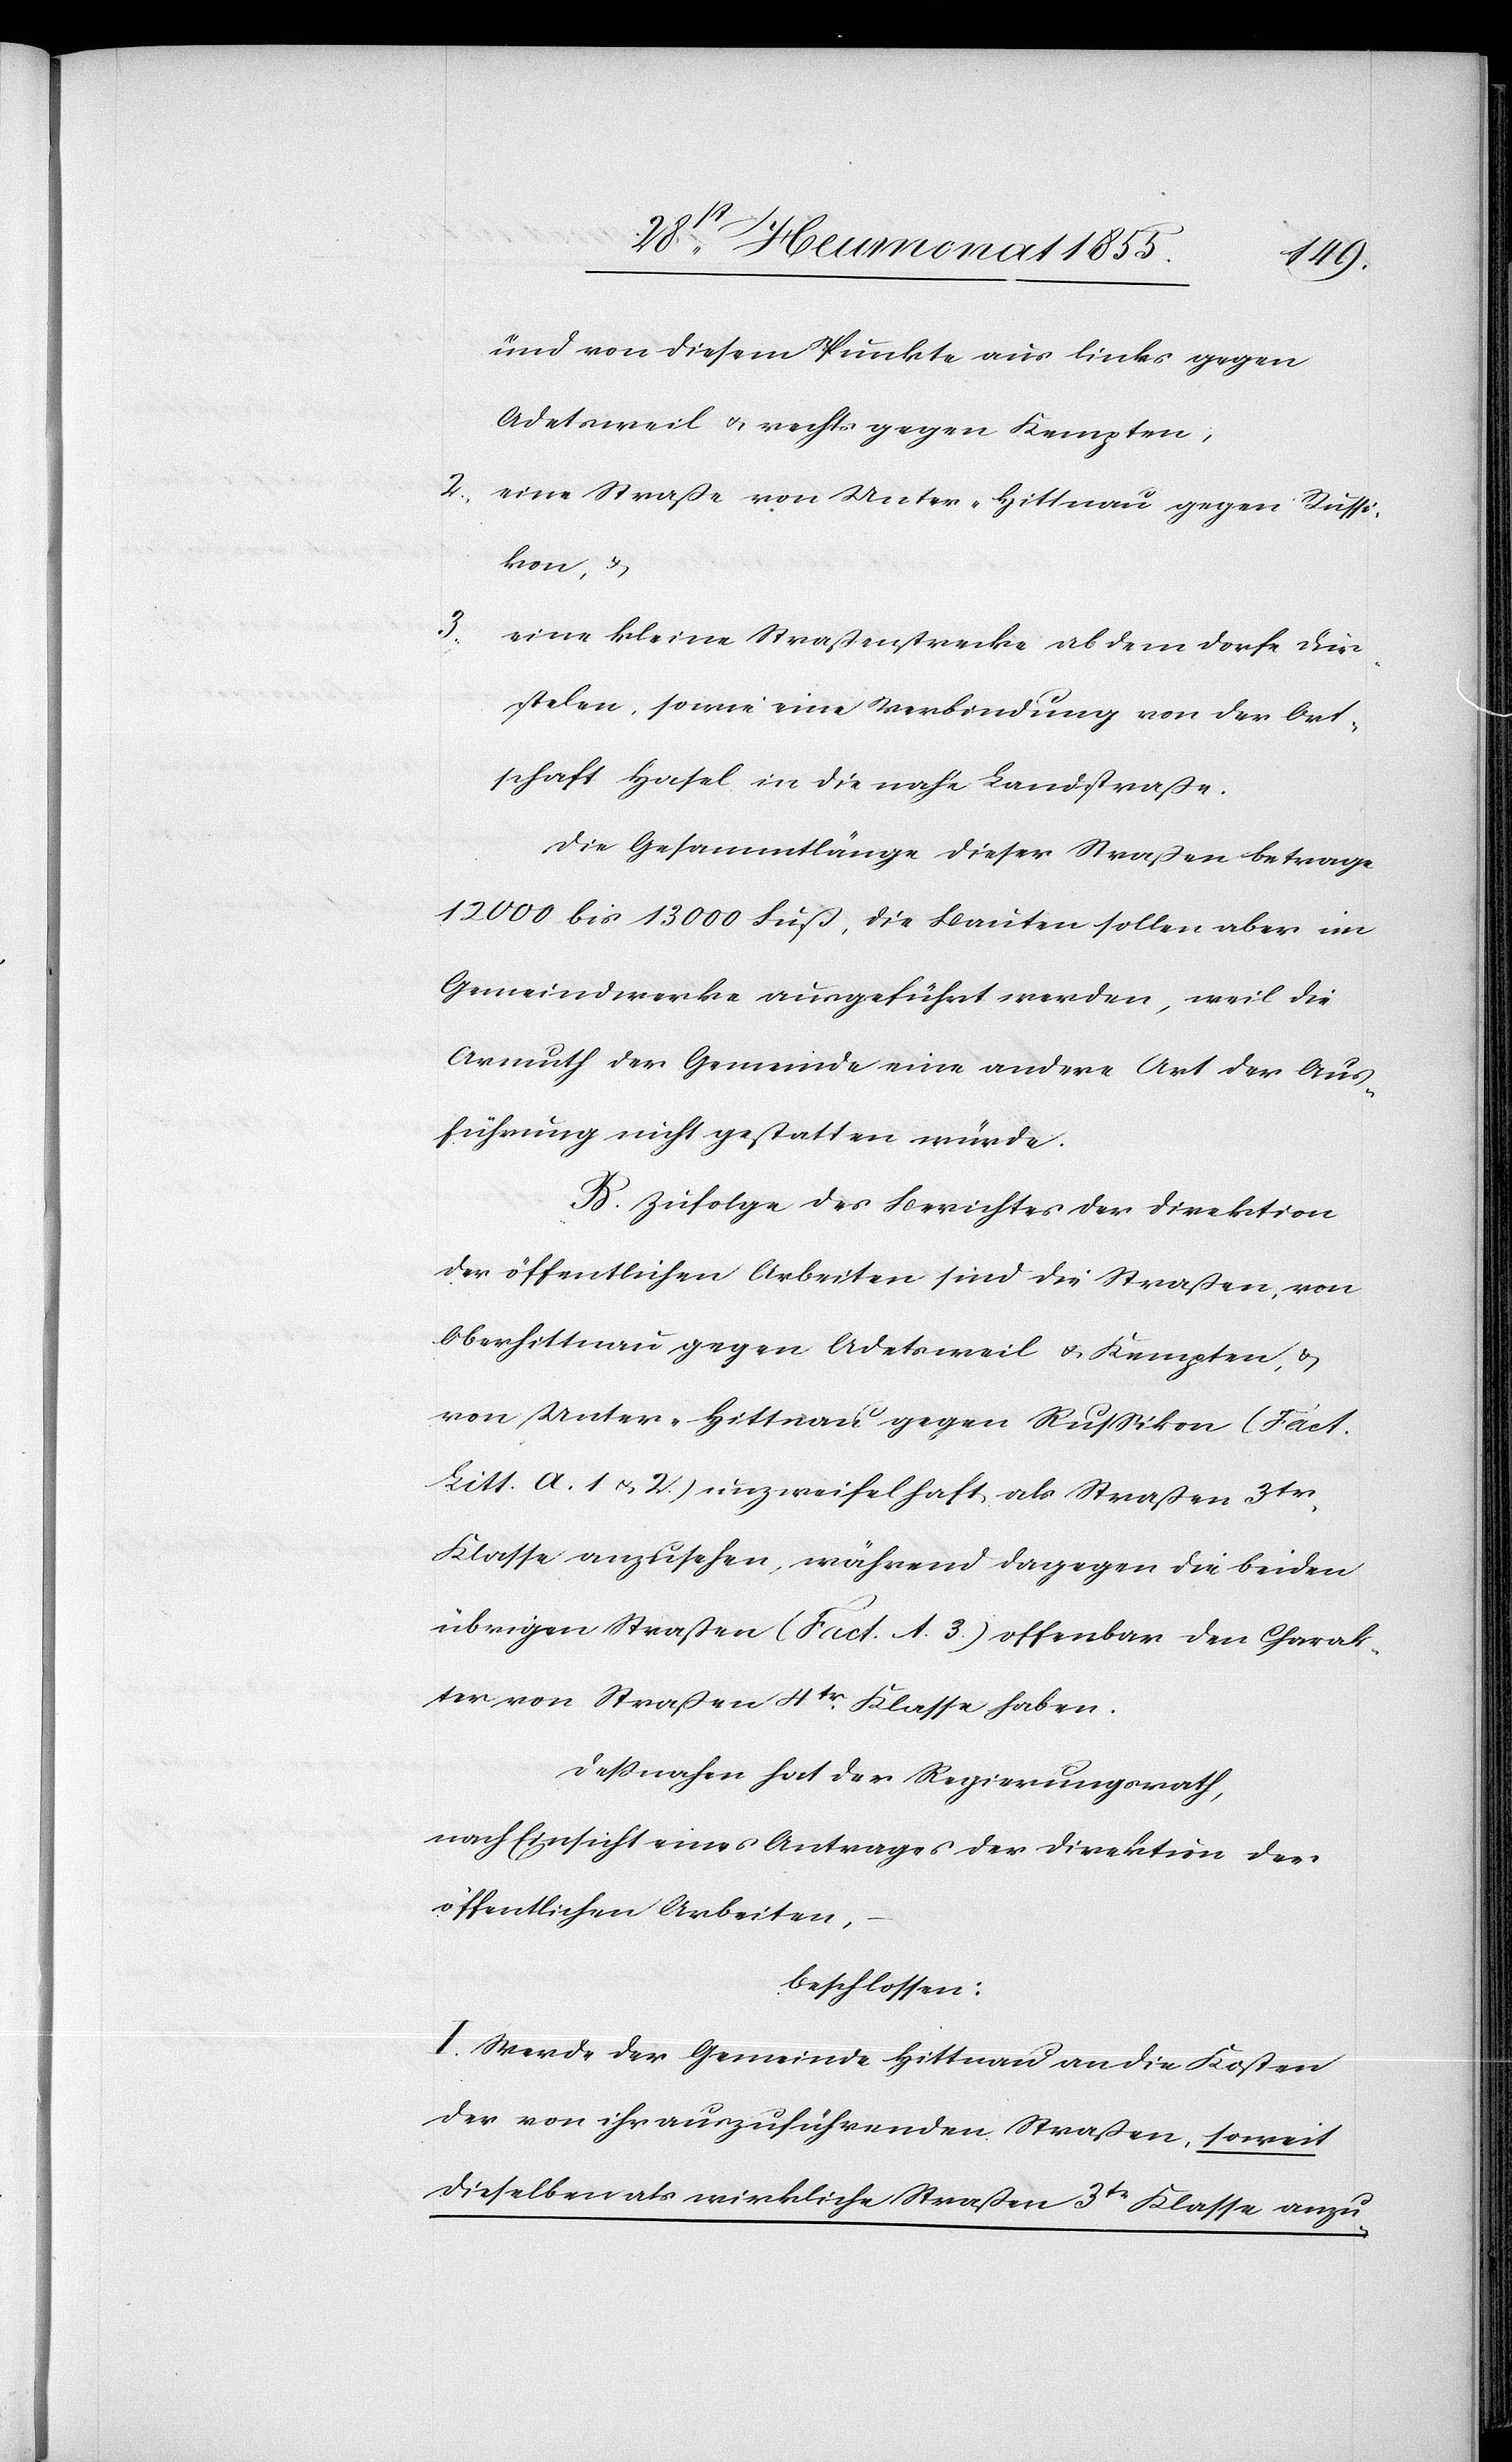
und von diesem Punkte aus links gegen
Adetsweil & rechts gegen Kempten;
eine Straße von Unter-Hittnau gegen Russi¬
kon, &
eine kleine Straßenstrecke ab dem Dorfe Dür¬
stelen, sowie eine Verbindung von der Ort¬
schaft Hasel in die nahe Landstraße.
Die Gesammtlänge dieser Straßen betrage
12 000 bis 13 000 Fuß, die Bauten sollen aber im
Gemeindwerke ausgeführt werden, weil die
Armuth der Gemeinde eine andere Art der Aus¬
führung nicht gestatten würde.
B. Zufolge des Berichtes der Direktion
der öffentlichen Arbeiten sind die Straßen, von
Oberhittnau gegen Adetsweil & Kempten, &
von Unter-Hittnau gegen Russikon (Fact.
Litt. A. 1 & 2.) unzweifelhaft als Straßen 3tr.
Klasse anzusehen, während dagegen die beiden
übrigen Straßen (Fact. A. 3.) offenbar den Charak¬
ter von Straßen 4tr. Klasse haben.
Deßnahen hat der Regierungsrath,
nach Einsicht eines Antrages der Direktion der
öffentlichen Arbeiten,
beschlossen:
I. Werde der Gemeinde Hittnau an die Kosten
der von ihr auszuführenden Straßen, soweit
dieselben als wirkliche Straßen 3tr Klasse anzu-